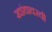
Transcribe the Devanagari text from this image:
खांद्यावरची